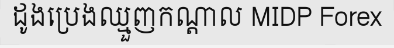
ដូងប្រេងឈ្មួញកណ្តាល MIDP Forex